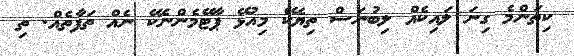
ކިތަންމެ ގިނަ ލައިކެއް ލިބުނަސް ތިޔެކޭ މިއުޅޭ ޕާޓޭމެންނެކޭ ނެއް ތަފާތެއް. ތި